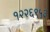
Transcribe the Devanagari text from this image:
१२२६९५३